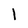
Character: 1